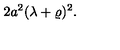
2 a ^ { 2 } ( \lambda + \varrho ) ^ { 2 } .